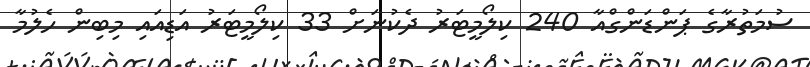
ސުމަތުރާގެ ޕަންޑަންގްއާ 240 ކިލޯމީޓަރު ދެކުނަށް 33 ކިލޯމީޓަރު އަޑިއައި މިބިން ހެލުމާ